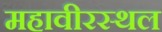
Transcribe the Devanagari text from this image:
महावीरस्थल